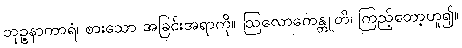
ဘုဉ္ဇနာကာရံ၊ စားသော အခြင်းအရာကို။ ဩလောကေန္တူတိ၊ ကြည့်တော့ဟူ၍။